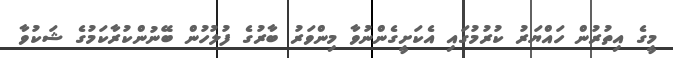
މީގެ އިތުރުން ހައްޔަރު ކުރުމުގައި އެކަށީގެންނުވާ މިންވަރު ބާރުގެ ފުލުހުން ބޭނުންކުރާކަމުގެ ޝަކުވާ